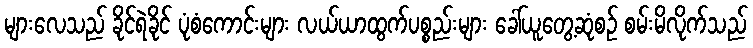
များလေသည် ခိုင်ရဲခိုင် ပုံစံကောင်းများ လယ်ယာထွက်ပစ္စည်းများ ခေါ်ယူတွေ့ဆုံစဉ် စမ်းမိလိုက်သည်